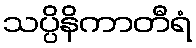
သပ္ပိနိကာတီရံ